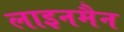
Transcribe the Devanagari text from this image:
लाइनमैन